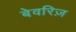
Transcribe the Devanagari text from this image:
बेवरिज़